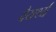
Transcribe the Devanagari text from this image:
वैयर्थ्य